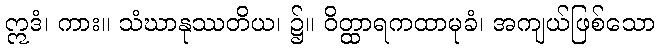
ဣဒံ၊ ကား။ သံဃာနုဿတိယ၊ ၌။ ဝိတ္ထာရကထာမုခံ၊ အကျယ်ဖြစ်သော